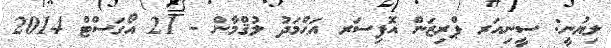
ލިޔުނީ: ސީނިއަރ ޕްރިޒަން އޮފިސަރ އަޙްމަދު ލުޤްމާން - 21 އޯގަސްޓް 2014